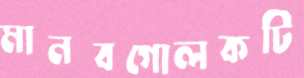
মানবগোলকটি